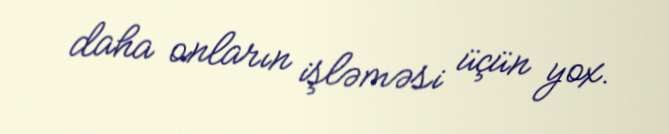
daha onların işləməsi üçün yox.